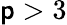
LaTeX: \mathsf{p}>3